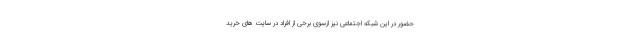
حضور در این شبکه اجتماعی نیز ازسوی برخی از افراد در سایت های خرید